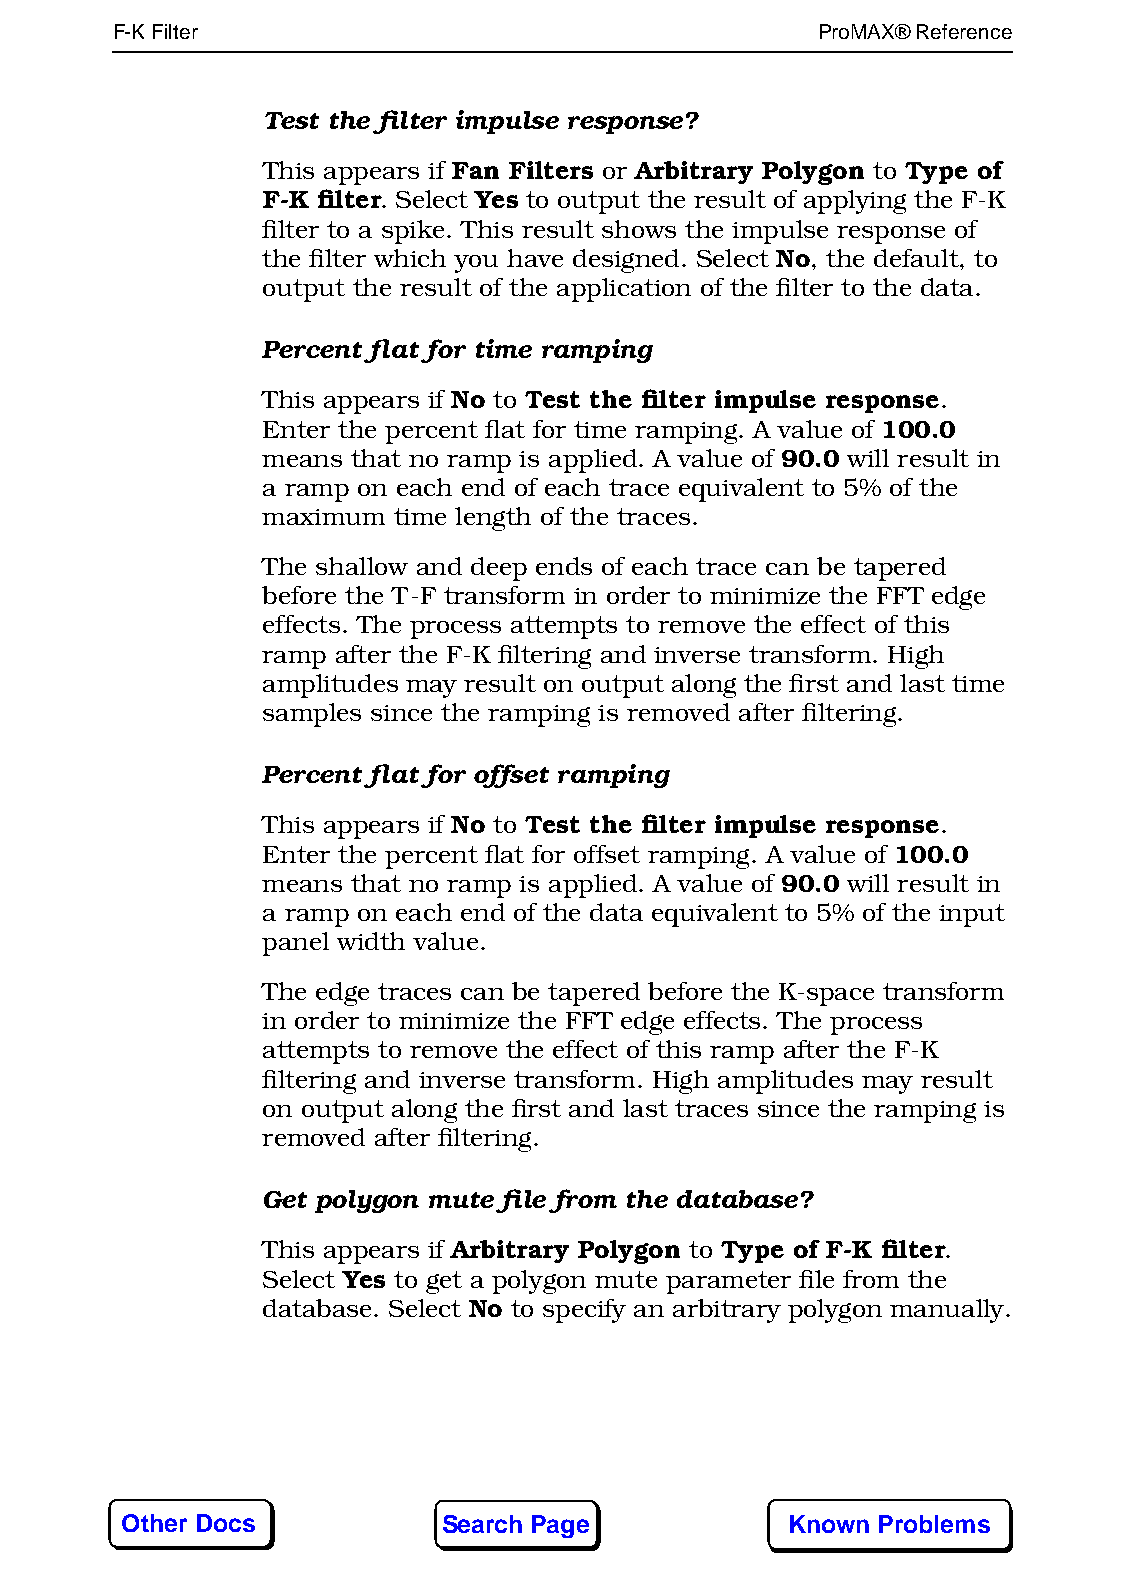
F-K Filter161                                  ProMAX® Reference
 Test the filter impulse response?
 This appears if Fan Filters or Arbitrary Polygon to Type of
 F-K filter. Select Yes to output the result of applying the F-K
 filter to a spike. This result shows the impulse response of
 the filter which you have designed. Select No, the default, to
 output the result of the application of the filter to the data.
 Percent flat for time ramping
 This appears if No to Test the filter impulse response.
 Enter the percent flat for time ramping. A value of 100.0
 means that no ramp is applied. A value of 90.0 will result in
 a ramp on each end of each trace equivalent to 5% of the
 maximum  time length of the traces.
 The shallow and deep ends of each trace can be tapered
 before the T-F transform in order to minimize the FFT edge
 effects. The process attempts to remove the effect of this
 ramp after the F-K filtering and inverse transform. High
 amplitudes may result on output along the first and last time
 samples since the ramping is removed after filtering.
 Percent flat for offset ramping
 This appears if No to Test the filter impulse response.
 Enter the percent flat for offset ramping. A value of 100.0
 means that no ramp is applied. A value of 90.0 will result in
 a ramp on each end of the data equivalent to 5% of the input
 panel width value.
 The edge traces can be tapered before the K-space transform
 in order to minimize the FFT edge effects. The process
 attempts to remove the effect of this ramp after the F-K
 filtering and inverse transform. High amplitudes may result
 on output along the first and last traces since the ramping is
 removed after filtering.
 Get polygon mute file from the database?
 This appears if Arbitrary Polygon to Type of F-K filter.
 Select Yes to get a polygon mute parameter file from the
 database. Select No to specify an arbitrary polygon manually.
 Other Docs           Search Page            Known Problems